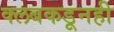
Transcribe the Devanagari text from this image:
क्लबकडूनही